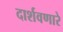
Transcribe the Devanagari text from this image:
दार्शवणारे